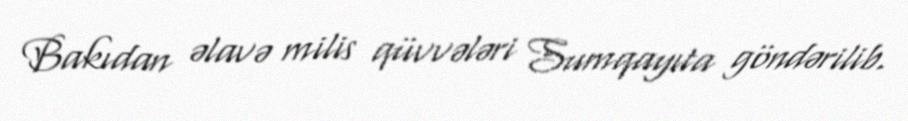
Bakıdan əlavə milis qüvvələri Sumqayıta göndərilib.